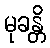
မုခန္တိ